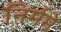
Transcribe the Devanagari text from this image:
निर्ममे